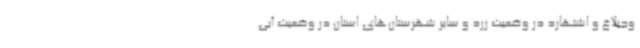
وجبلاغ و اشتهارد در وضعیت زرد و سایر شهرستان‌های استان در وضعیت آبی